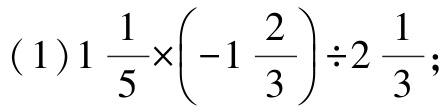
\((1)1\frac{1}{5}\times\left(-1\frac{2}{3}\right)\div2\frac{1}{3};\)